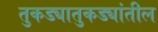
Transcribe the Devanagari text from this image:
तुकड्यातुकड्यांतील